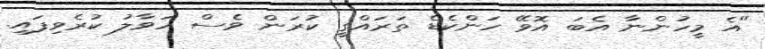
"އެ މީހުންނާ އެބަ އޮވޭ ހަންކެޑެ ތަރައްގީ ކުރަން ވެސް ހަވާލު ކުރެވިފައި.